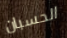
الحسبان